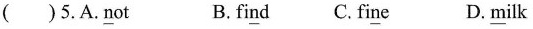
( ) 5.A.\underline not B.\underline find C.\underline fine D.\underline milk